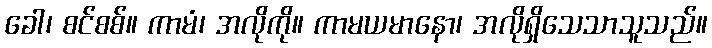
ခေါ၊ စင်စစ်။ ကာမံ၊ အလိုကို။ ကာမယမာနော၊ အလိုရှိသေသာသူသည်။